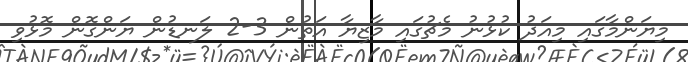
މިޔަންމާގައި މިއަދު ކުޅުނު މެޗުގައި މާޒިޔާ އަތުން 3-2 ލަނޑުން ޔަންގޮން މޮޅުވި